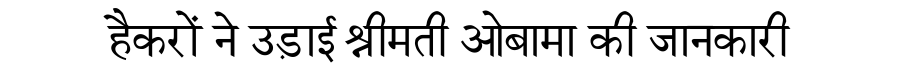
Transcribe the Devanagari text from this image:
हैकरों ने उड़ाई श्रीमती ओबामा की जानकारी